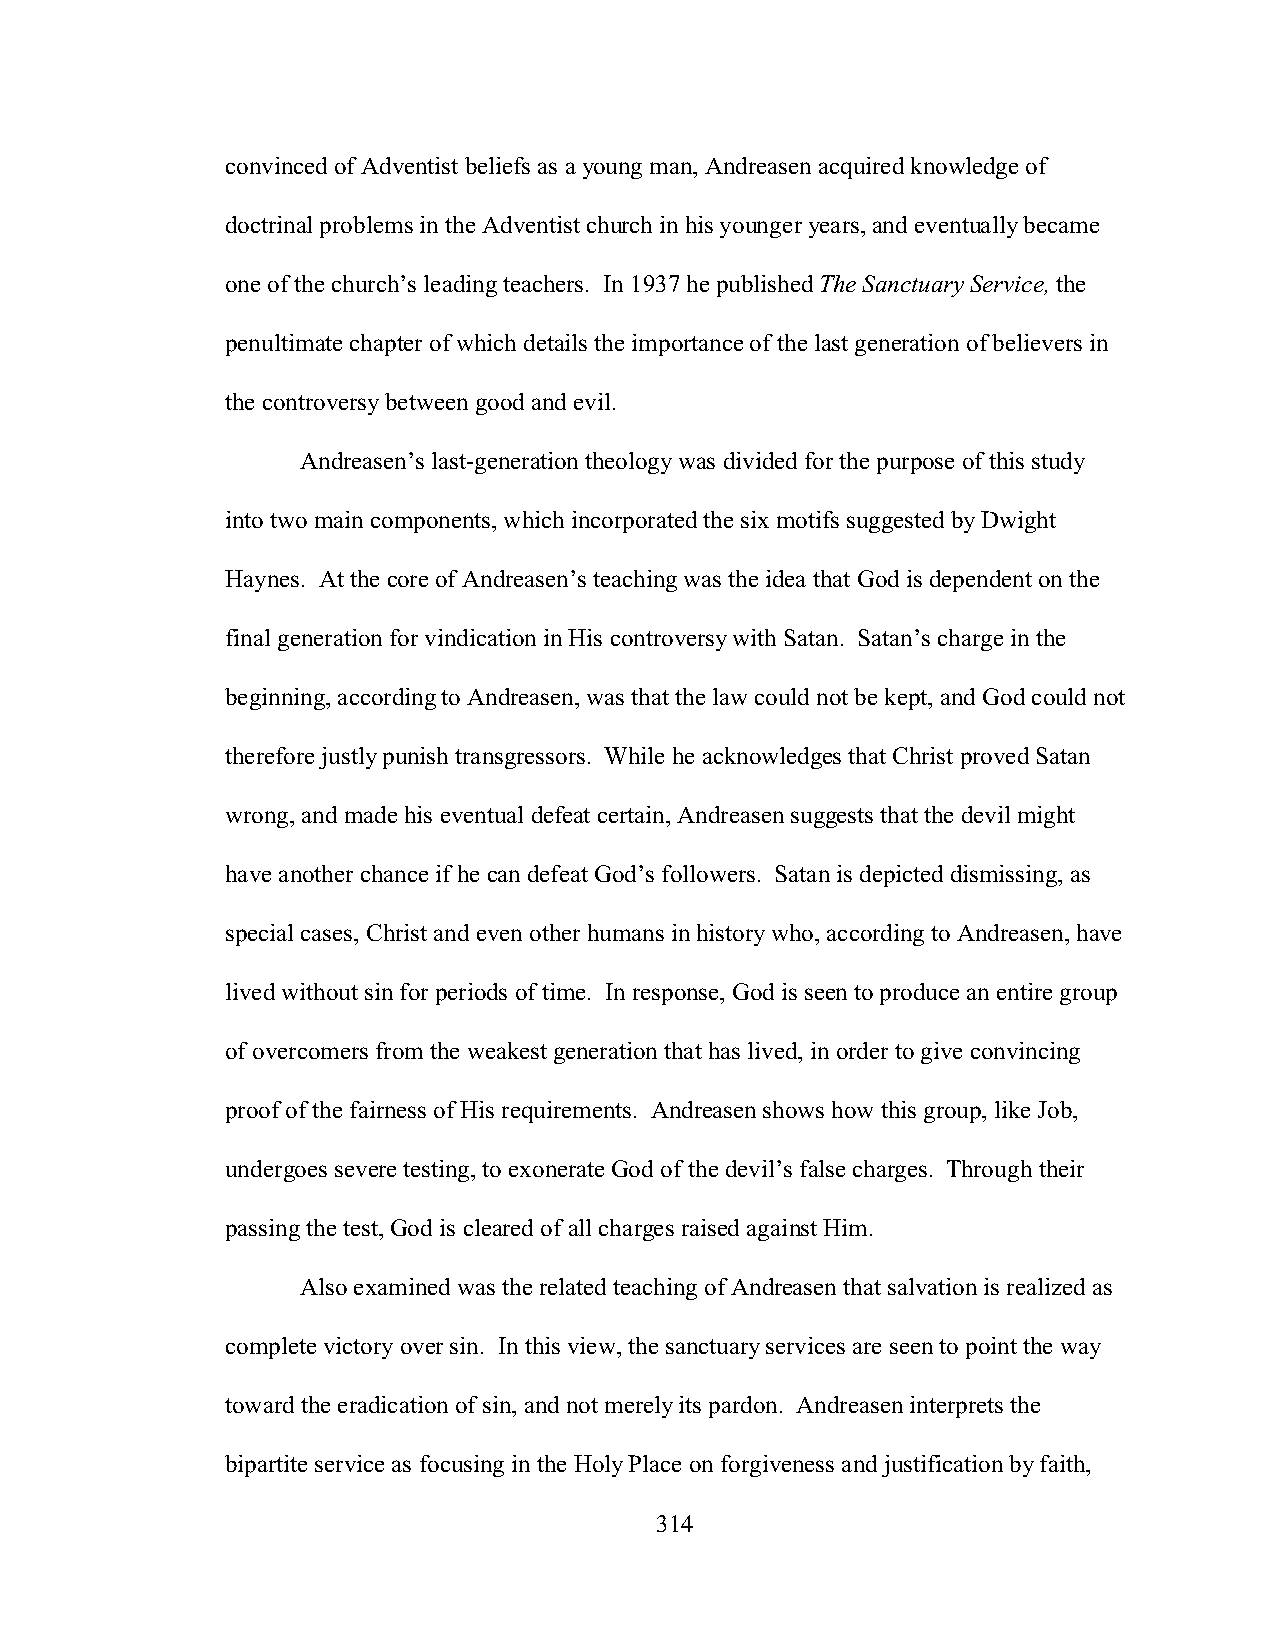
convinced of Adventist beliefs as a young man, Andreasen acquired knowledge of
 doctrinal problems in the Adventist church in his younger years, and eventually became
 one of the church’s leading teachers. In 1937 he published The Sanctuary Service, the
 penultimate chapter of which details the importance of the last generation of believers in
 the controversy between good and evil.
 Andreasen’s last-generation theology was divided for the purpose of this study
 into two main components, which incorporated the six motifs suggested by Dwight
 Haynes. At the core of Andreasen’s teaching was the idea that God is dependent on the
 final generation for vindication in His controversy with Satan. Satan’s charge in the
 beginning, according to Andreasen, was that the law could not be kept, and God could not
 therefore justly punish transgressors. While he acknowledges that Christ proved Satan
 wrong, and made his eventual defeat certain, Andreasen suggests that the devil might
 have another chance if he can defeat God’s followers. Satan is depicted dismissing, as
 special cases, Christ and even other humans in history who, according to Andreasen, have
 lived without sin for periods of time. In response, God is seen to produce an entire group
 of overcomers from the weakest generation that has lived, in order to give convincing
 proof of the fairness of His requirements. Andreasen shows how this group, like Job,
 undergoes severe testing, to exonerate God of the devil’s false charges. Through their
 passing the test, God is cleared of all charges raised against Him.
 Also examined was the related teaching of Andreasen that salvation is realized as
 complete victory over sin. In this view, the sanctuary services are seen to point the way
 toward the eradication of sin, and not merely its pardon. Andreasen interprets the
 bipartite service as focusing in the Holy Place on forgiveness and justification by faith,
 314